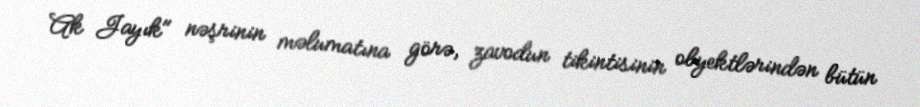
Ak Jayık" nəşrinin məlumatına görə, zavodun tikintisinin obyektlərindən bütün